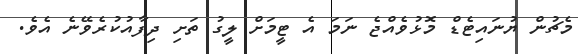
މެޗުން ޔުނައިޓެޑް މޮޅުވެއްޖެ ނަމަ އެ ޓީމަށް ލީގު ތަށި ދިފާއުކުރެވޭނެ އެވެ.